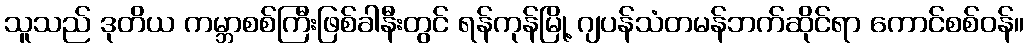
သူသည် ဒုတိယ ကမ္ဘာစစ်ကြီးဖြစ်ခါနီးတွင် ရန်ကုန်မြို့ ဂျပန်သံတမန်ဘက်ဆိုင်ရာ ကောင်စစ်ဝန်။